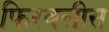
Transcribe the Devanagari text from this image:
फिरवलीस